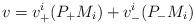
LaTeX: \begin{align*}v=v_{+}^{i}(P_{+}M_{i})+v_{-}^{i}(P_{-}M_{i})\end{align*}